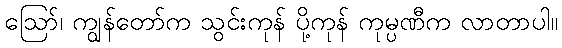
ဪ၊ ကျွန်တော်က သွင်းကုန် ပို့ကုန် ကုမ္ပဏီက လာတာပါ။